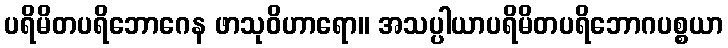
ပရိမိတပရိဘောဂေန ဖာသုဝိဟာရော။ အသပ္ပါယာပရိမိတပရိဘောဂပစ္စယာ